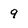
Character: 9